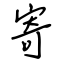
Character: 寄